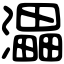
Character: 㵽